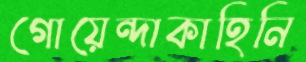
গোয়েন্দাকাহিনি